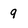
Character: 9